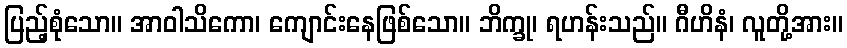
ပြည့်စုံသော။ အာဝါသိကော၊ ကျောင်းနေဖြစ်သော။ ဘိက္ခု၊ ရဟန်းသည်။ ဂီဟိနံ၊ လူတို့အား။